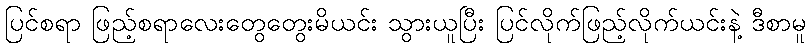
ပြင်စရာ ဖြည့်စရာလေးတွေတွေးမိယင်း သွားယူပြီး ပြင်လိုက်ဖြည့်လိုက်ယင်းနဲ့ ဒီစာမူ